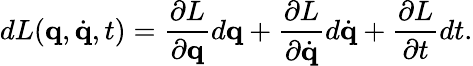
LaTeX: dL(\mathbf{q},{\dot{\mathbf{q}}},t)={\frac{\partial L}{\partial\mathbf{q}}}d\mathbf{q}+{\frac{\partial L}{\partial{\dot{\mathbf{q}}}}}d{\dot{\mathbf{q}}}+{\frac{\partial L}{\partial t}}dt.